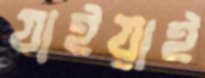
যাইয়াই